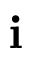
{ \bf i }